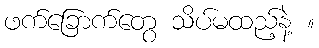
ဖက်ခြောက်တွေ သိပ်မထည့်နဲ့ ။